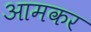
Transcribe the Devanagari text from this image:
आमकर